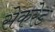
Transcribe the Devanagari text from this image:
सेकरेड